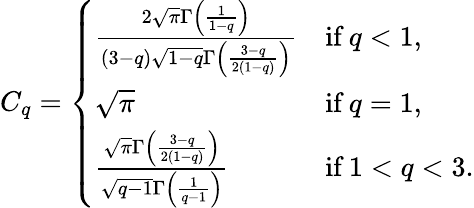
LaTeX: C_{q}=\left\{ \begin{array}{ll}{\frac{2\sqrt{\pi}\Gamma\left(\frac{1}{1-q}\right)}{\left(3-q\right)\sqrt{1-q}\Gamma\left(\frac{3-q}{2\left(1-q\right)}\right)}}&{\textrm{if}\ q<1,}\\ {\sqrt{\pi}}&{\textrm{if}\ q=1,}\\ {\frac{\sqrt{\pi}\Gamma\left(\frac{3-q}{2\left(1-q\right)}\right)}{\sqrt{q-1}\Gamma\left(\frac{1}{q-1}\right)}}&{\textrm{if}\ 1<q<3.}\end{array}\right.